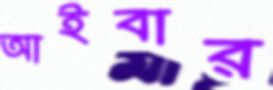
আইবার